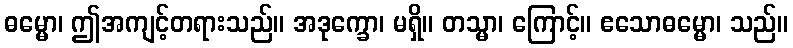
ဓမ္မော၊ ဤအကျင့်တရားသည်။ အဒုက္ခော၊ မရှိ။ တသ္မာ၊ ကြောင့်။ ဧသောဓမ္မော၊ သည်။